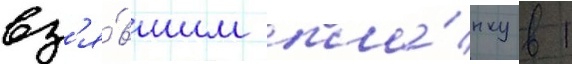
вз'я́вшим пла́нку в 1